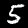
Digit: 5